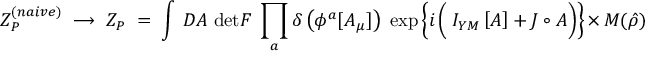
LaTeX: Z _ { P } ^ { ( n a i v e ) } \; \longrightarrow \; Z _ { P } \; = \; \int \, { \cal D } { \cal A } \; \mathrm { d e t } { \cal F } \; \prod _ { a } \delta \left( \phi ^ { a } [ { \cal A } _ { \mu } ] \right) \; \exp \left\{ i \left( \frac { } { } I _ { Y M } \left[ { \cal A } \right] + { \cal J } \circ { \cal A } \right) \right\} \, \times \, { \cal M } ( \hat { \rho } ) \; ,